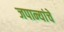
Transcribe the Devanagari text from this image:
जपान्यांचे